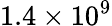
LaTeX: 1.4\times 10^{9}